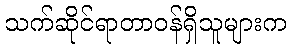
သက်ဆိုင်ရာတာဝန်ရှိသူများက